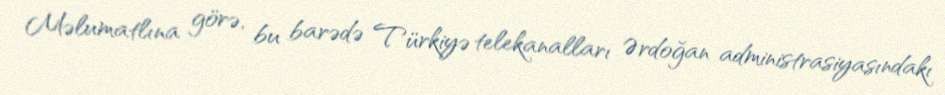
Məlumatlına görə, bu barədə Türkiyə telekanalları Ərdoğan administrasiyasındakı